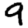
Digit: 9